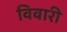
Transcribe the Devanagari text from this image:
विवारी